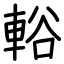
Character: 輍